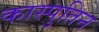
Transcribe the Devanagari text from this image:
कास्पुतिन